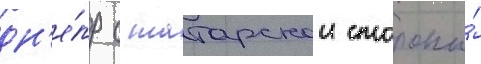
дн'е́пр с татарскои стороны́